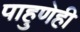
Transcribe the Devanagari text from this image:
पाहुणेही